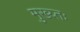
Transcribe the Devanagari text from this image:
मुख्य्तः